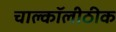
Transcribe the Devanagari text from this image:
चाल्कॉलीठीक